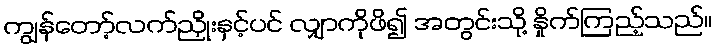
ကျွန်တော့်လက်ညှိုးနှင့်ပင် လျှာကိုဖိ၍ အတွင်းသို့ နှိုက်ကြည့်သည်။